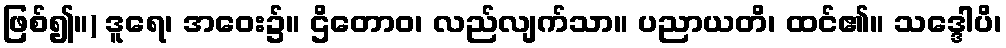
ဖြစ်၍။) ဒူရေ၊ အဝေး၌။ ဌိတောဝ၊ လည်လျက်သာ။ ပညာယတိ၊ ထင်၏။ သဒ္ဒေါပိ၊